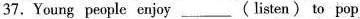
37. Young people enjoy ___ (listen) to pop